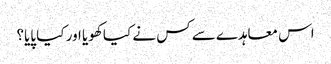
اس معاہدے سے کس نے کیا کھویا اور کیا پایا؟